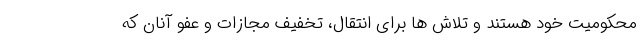
محکومیت خود هستند و تلاش ها برای انتقال، تخفیف مجازات و عفو آنان که